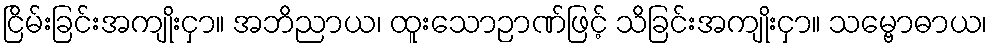
ငြိမ်းခြင်းအကျိုးငှာ။ အဘိညာယ၊ ထူးသောဉာဏ်ဖြင့် သိခြင်းအကျိုးငှာ။ သမ္ဗောဓာယ၊